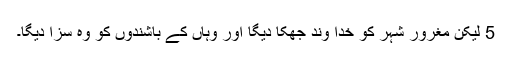
5 لیکن مغرور شہر کو خدا وند جھکا دیگا اور وہاں کے باشندوں کو وہ سزا دیگا۔